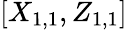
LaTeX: [X_{1,1},Z_{1,1}]